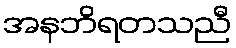
အနဘိရတသညီ